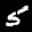
Label: 5